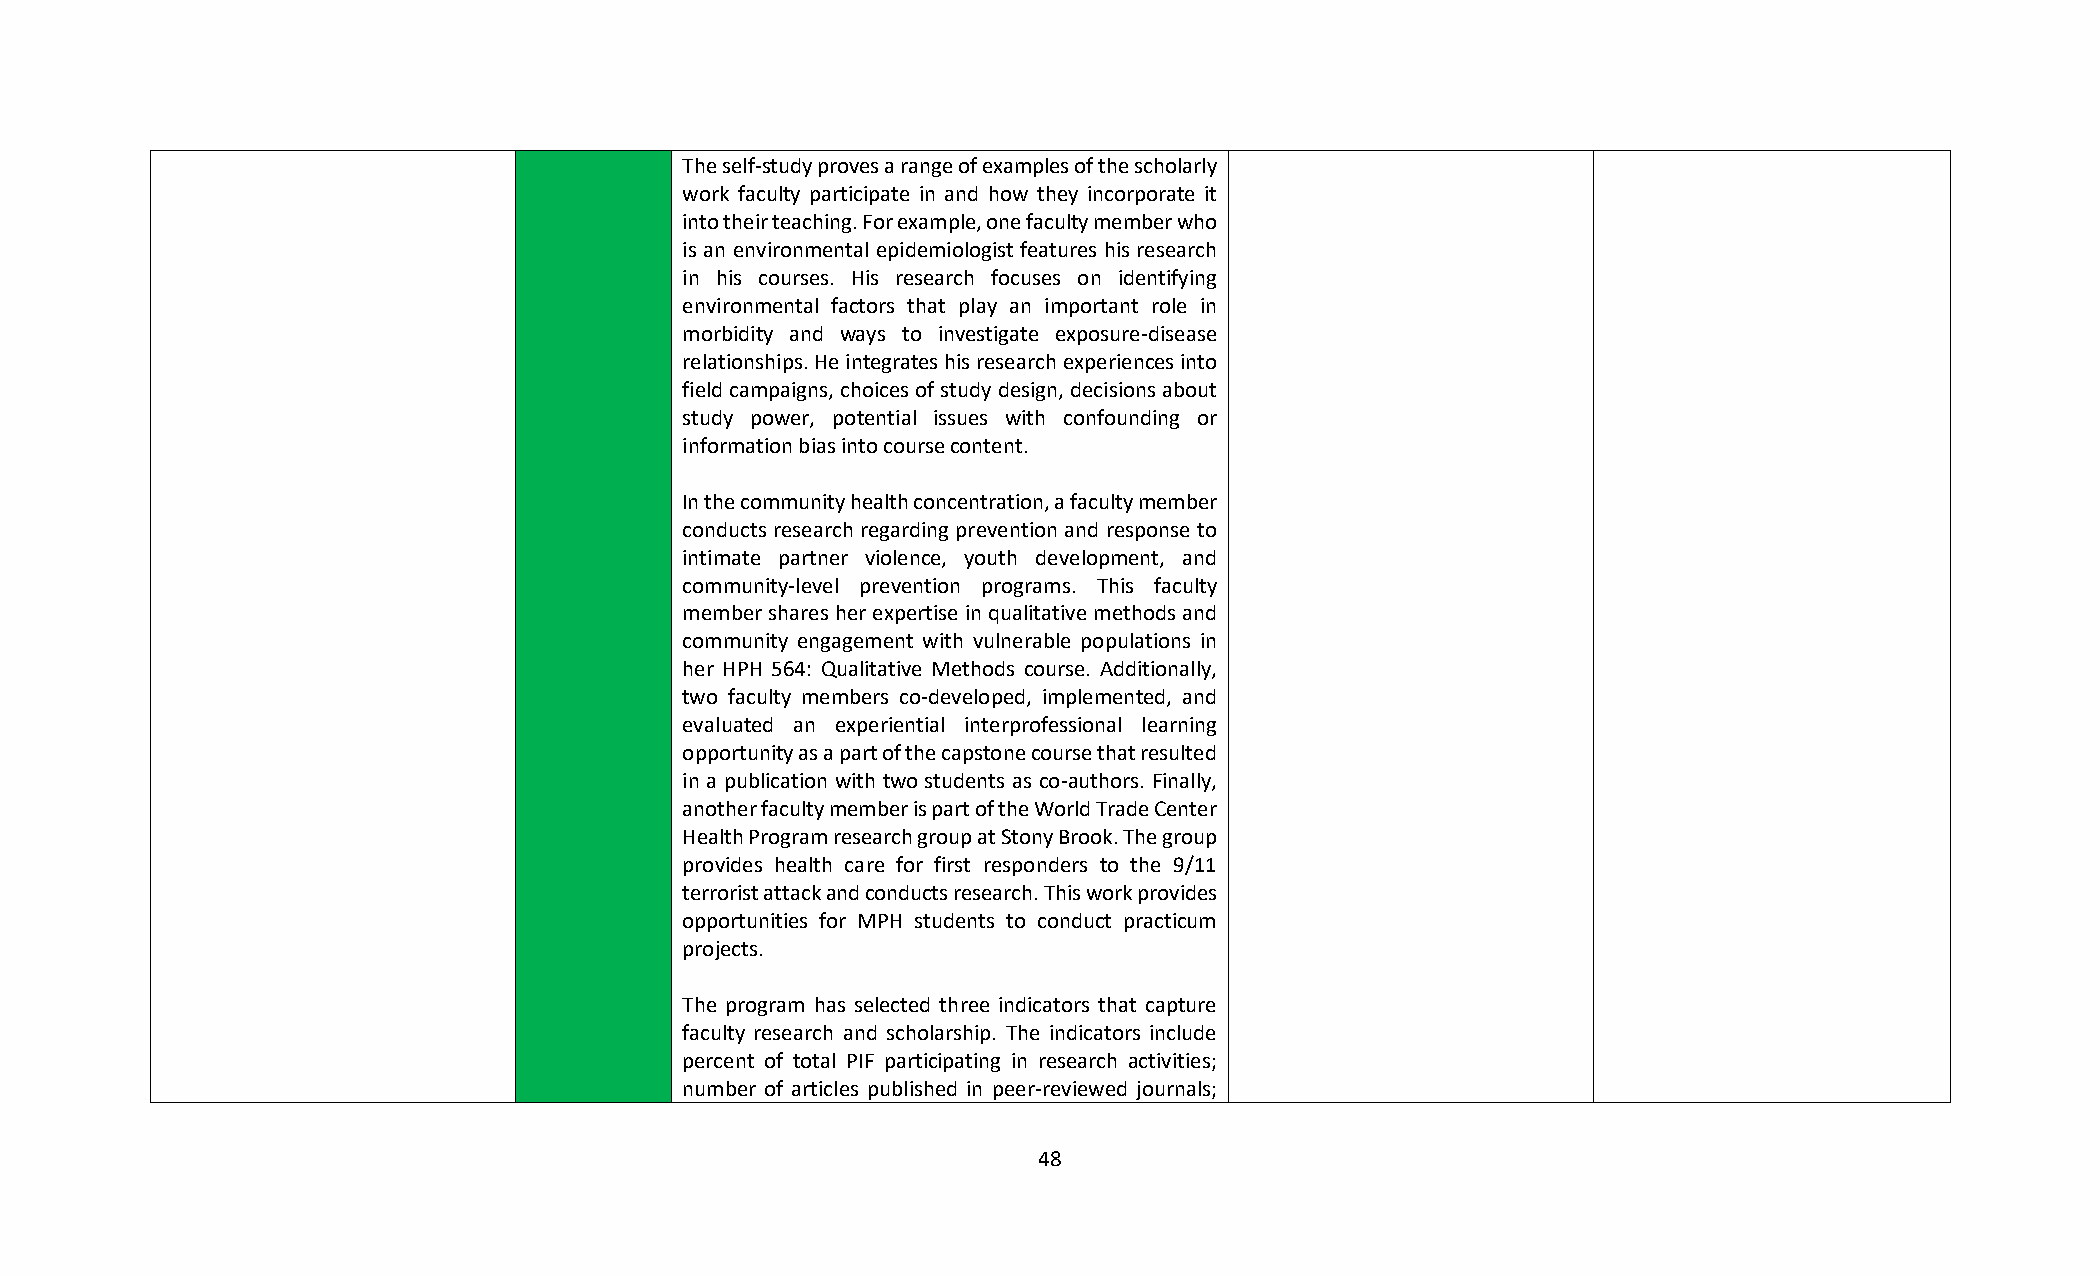
The self-study proves a range of examples of the scholarly
 work faculty participate in and how they incorporate it
 into their teaching. For example, one faculty member who
 is an environmental epidemiologist features his research
 in his courses. His research focuses on identifying
 environmental factors that play an important role in
 morbidity and ways to investigate exposure-disease
 relationships. He integrates his research experiences into
 field campaigns, choices of study design, decisions about
 study power, potential issues with confounding or
 information bias into course content.
 In the community health concentration, a faculty member
 conducts research regarding prevention and response to
 intimate partner violence, youth development, and
 community-level prevention programs. This faculty
 member shares her expertise in qualitative methods and
 community engagement with vulnerable populations in
 her HPH 564: Qualitative Methods course. Additionally,
 two faculty members co-developed, implemented, and
 evaluated an experiential interprofessional learning
 opportunity as a part of the capstone course that resulted
 in a publication with two students as co-authors. Finally,
 another faculty member is part of the World Trade Center
 Health Program research group at Stony Brook. The group
 provides health care for first responders to the 9/11
 terrorist attack and conducts research. This work provides
 opportunities for MPH students to conduct practicum
 projects.
 The program has selected three indicators that capture
 faculty research and scholarship. The indicators include
 percent of total PIF participating in research activities;
 number of articles published in peer-reviewed journals;
 48